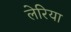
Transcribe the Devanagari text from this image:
लेरिया